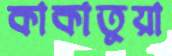
কাকাতুয়া